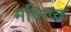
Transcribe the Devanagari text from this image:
मष्‍तिष्‍क